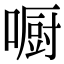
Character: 𠾇